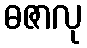
ဓဇာလု